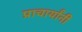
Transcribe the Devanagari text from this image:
प्राचार्यांनी